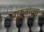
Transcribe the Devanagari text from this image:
गुरुवाक्य